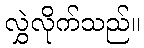
လွှဲလိုက်သည်။